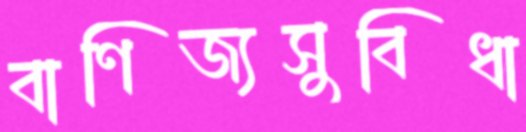
বাণিজ্যসুবিধা